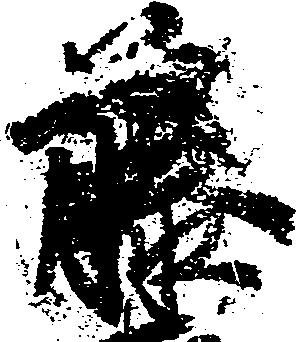
藤